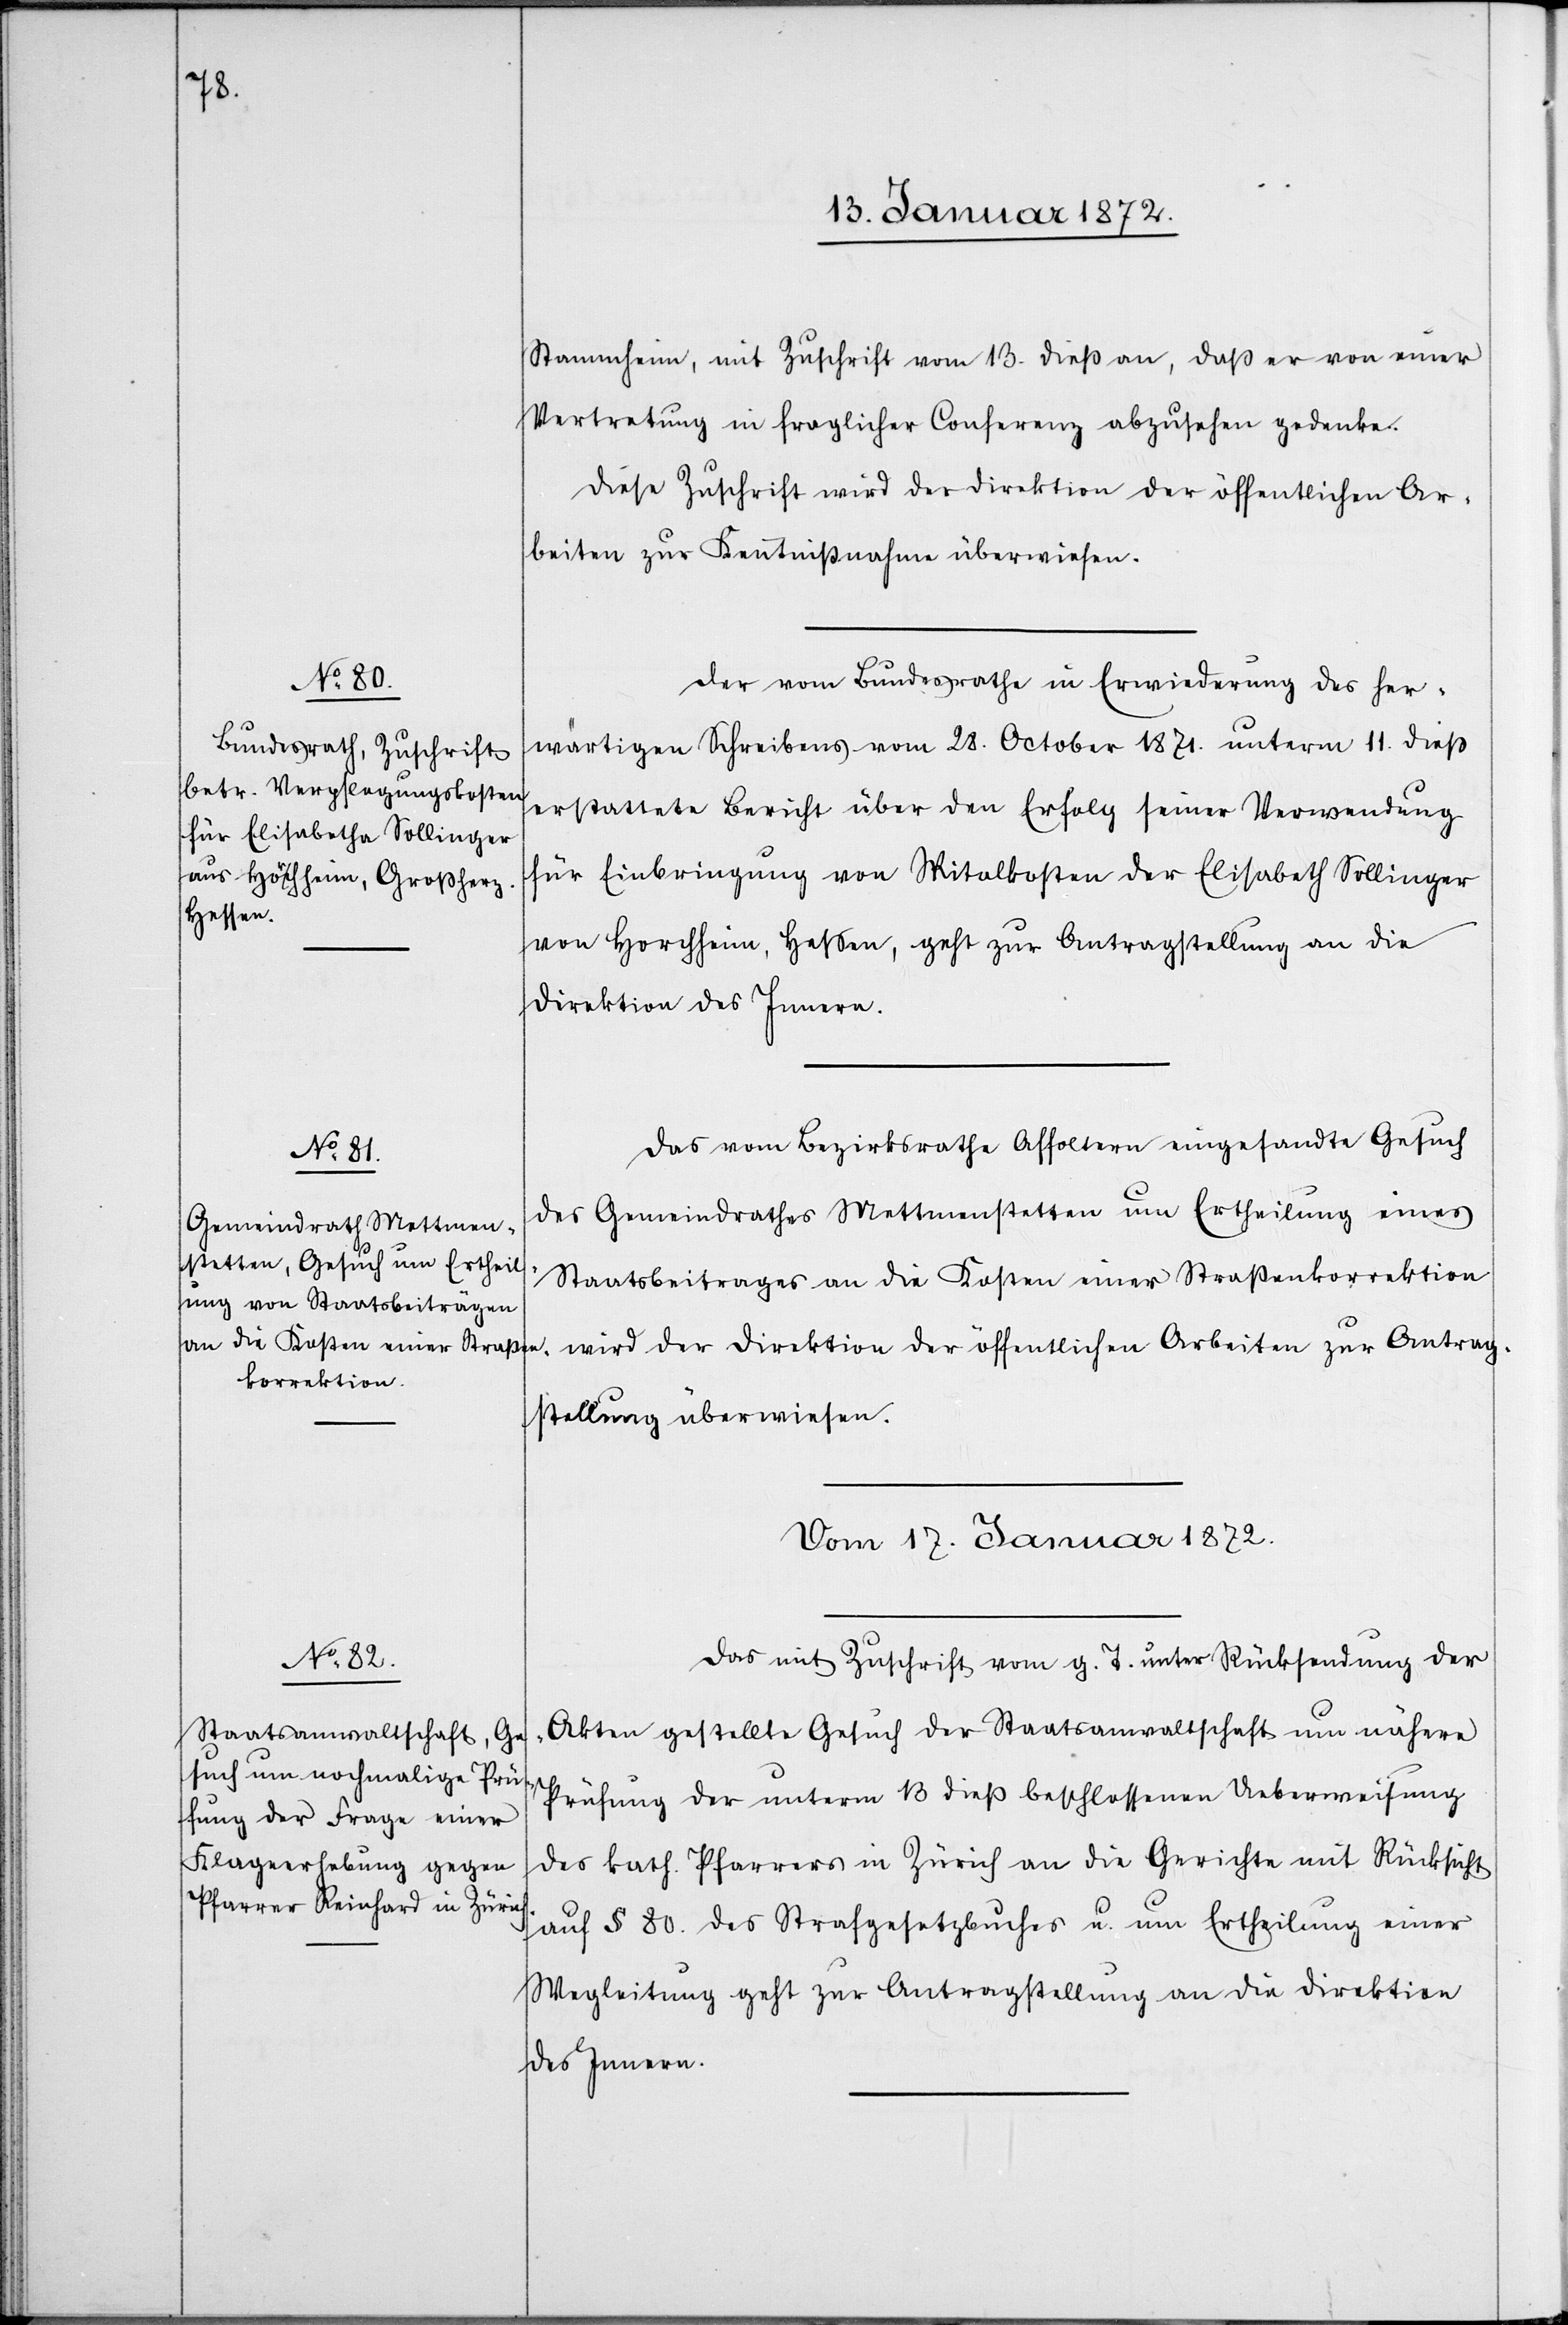
16. Januar 1872.]
Stammheim, mit Zuschrift vom 13. dieß an, daß er von einer
Vertretung in fraglicher Conferenz abzusehen gedenke.
Diese Zuschrift wird der Direktion der öffentlichen Ar¬
beiten zur Kenntnißnahme überwiesen.
Der vom Bundesrathe in Erwiederung des her¬
wärtigen Schreibens vom 28. October 1871. unterm 11. dieß
erstattete Bericht über den Erfolg seiner Verwendung
für Einbringung von Spitalkosten der Elisabeth Sollinger
von Horchheim, Hessen, geht zur Antragstellung an die
Direktion des Innern.
Das vom Bezirksrathe Affoltern eingesandte Gesuch
des Gemeindrathes Mettmenstetten um Ertheilung eines
Staatsbeitrages an die Kosten einer Straßenkorrektion
wird der Direktion der öffentlichen Arbeiten zur Antrag¬
sstellung überwiesen.
Vom 17. Januar 1872.
Das mit Zuschrift vom g. T. unter Rücksendung der
Akten gestellte Gesuch der Staatsanwaltschaft um nähere
Prüfung der unterm 13 dieß beschlossenen Ueberweisung
des kath. Pfarrers in Zürich an die Gerichte mit Rücksicht
auf § 80. des Strafgesetzbuches u. um Ertheilung einer
Wegleitung geht zur Antragstellung an die Direktion
des Innern.